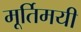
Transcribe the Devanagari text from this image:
मूर्तिमयी